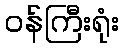
ဝန်ကြီးရုံး